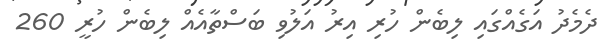
ދެމެދު އަގެއްގައި ލިބެން ހުރި އިރު އަލުވި ބަސްތާއެއް ލިބެން ހުރީ 260